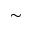
\sim